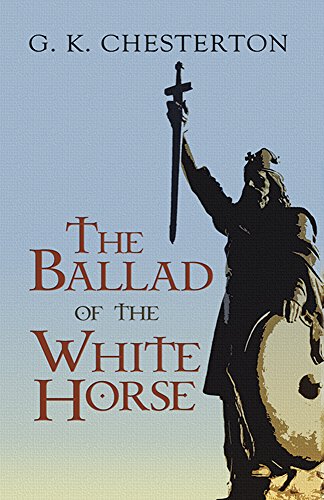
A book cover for The Ballad of the White Horse; G. K. Chesterton; Christian Books & Bibles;